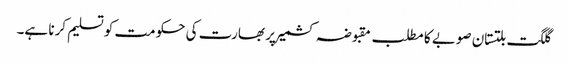
گلگت بلتستان صوبے کا مطلب مقبوضہ کشمیر پر بھارت کی حکومت کو تسلیم کرنا ہے۔